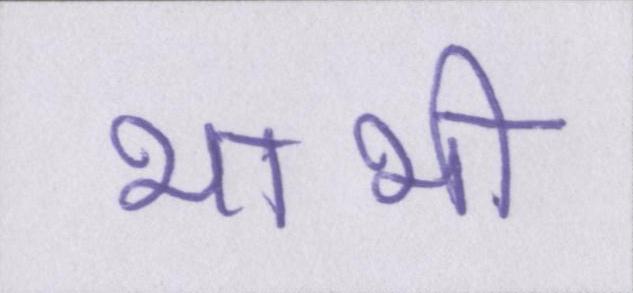
भाभी